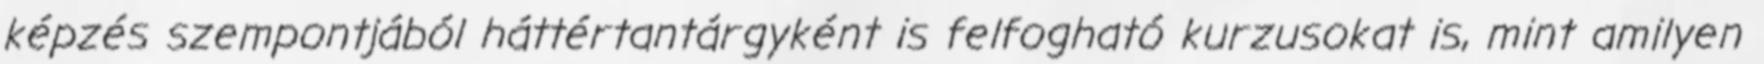
képzés szempontjából háttértantárgyként is felfogható kurzusokat is, mint amilyen